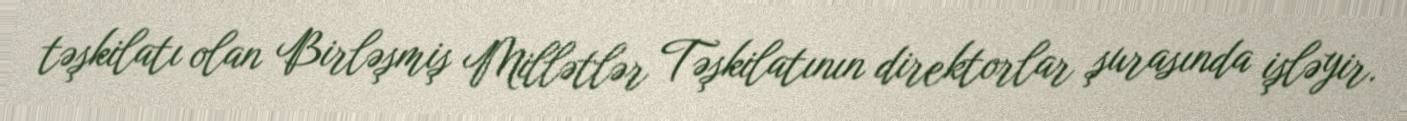
təşkilatı olan Birləşmiş Millətlər Təşkilatının direktorlar şurasında işləyir.